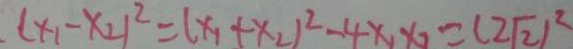
( x _ { 1 } - x _ { 2 } ) ^ { 2 } = ( x _ { 1 } + x _ { 2 } ) ^ { 2 } - 4 x _ { 1 } x _ { 2 } = ( 2 \sqrt { 2 } ) ^ { 2 }